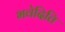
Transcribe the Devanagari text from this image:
भवेदिति